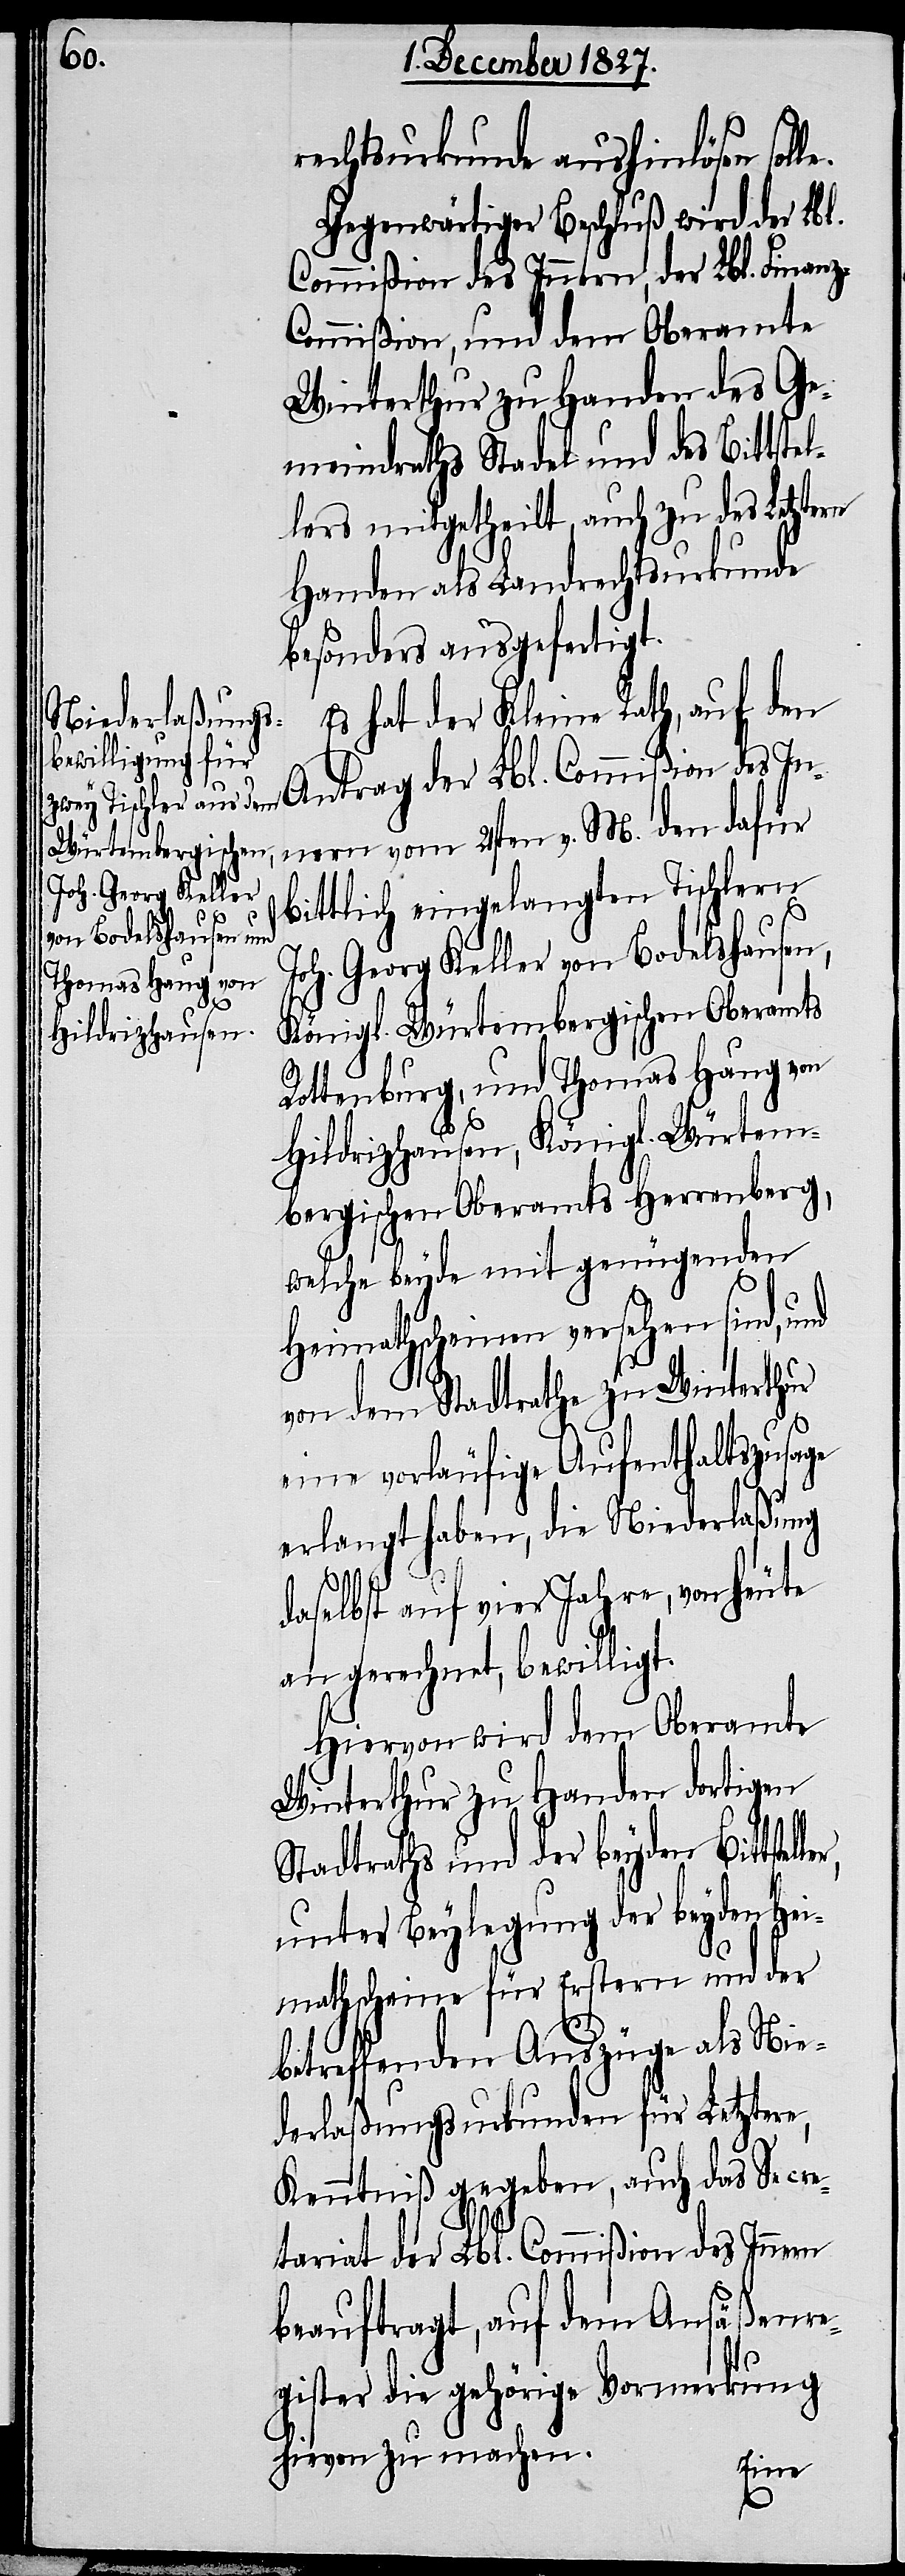
rechtsurkunde aushinlösen sol¬
Gegenwärtiger Beschluß wird der Lbl.
Commißion des Innern, der Lbl. Finan¬
ommißion, und dem Oberamte
Winterthur zu Handen des do¬
meindraths Stadel und des Bittste¬
lers mitgetheilt, auch zu des Letztern
Handen als Landrechtsurkunde
besonders ausgefertigt.
Es hat der Kleine Rath, auf den
Antrag der Lbl. Commißion des In¬
nern vom 2ten v. M. den dafür
bittlich eingelangten Tischlern
Joh. Georg Keller von Bodelshausen,
Königl. Würtembergischen Oberamts
Rottenburg, und Thomas Haug von
Hildrizhausen, Königl. Würtem¬
bergischen Oberamts Herrenberg,
welche beyde mit genügenden
Heimathscheinen versehen sind, und
von dem Stadtrathe zu Winterthur
eine vorläufige Aufenthaltszusage
erlangt haben, die Niederlaßung
l¬
daselbst auf vier Jahre, von heute
an gerechnet, bewilligt.
Hiervon wird dem Oberamt
Stadtraths und der beyden Hei¬
mathscheine für Erstere und der
betreffenden Auszüge als Nie¬
derlaßungsurkunden für Letztere,
Kenntniß gegeben, auch das Secre¬
tariat der Lbl. Commißion des Innern
beauftragt, auf dem Ansäßenre¬
gister die gehörige Vormerkung
hiervon zu machen.
rtigen